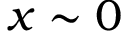
x \sim 0